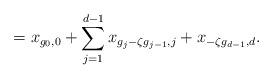
LaTeX: \begin{align*}= x_{g_0,0} + \sum_{j=1}^{d-1} x_{g_j - \zeta g_{j-1},j} + x_{-\zeta g_{d-1},d}. \end{align*}